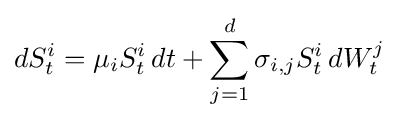
dS_{t}^{i}=\mu _{i}S_{t}^{i}\,dt+\sum _{j=1}^{d}\sigma _{i,j}S_{t}^{i}\,dW_{t}^{j}